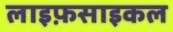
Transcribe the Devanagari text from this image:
लाइफ़साइकल